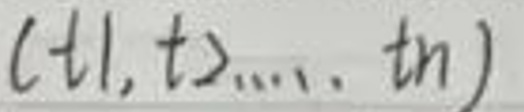
$(t_1,t_2,\ldots,t_n)$